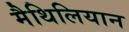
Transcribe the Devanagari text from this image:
मैथिलियान